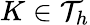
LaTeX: K\in\mathcal{T}_{h}